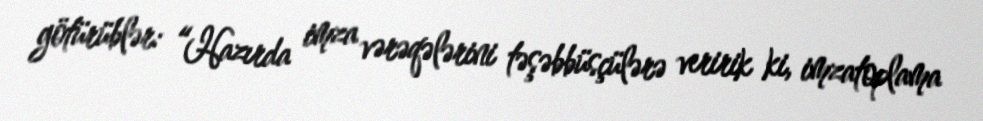
götürüblər: “Hazırda imza vərəqələrini təşəbbüsçülərə veririk ki, imzatoplama